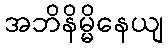
အဘိနိမ္မိနေယျ